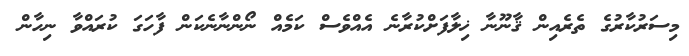
މިސަރުކާރުގެ ތެރެއިން ޤާނޫނާ ޚިލާފަށްކުރާނެ އެއްވެސް ކަމެއް ނޯންނާނެކަން ފާހަގަ ކުރައްވާ ނިހާން